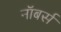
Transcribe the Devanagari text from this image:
नॉबर्स